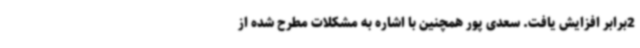
2برابر افزایش یافت. سعدی پور همچنین با اشاره به مشکلات مطرح شده از